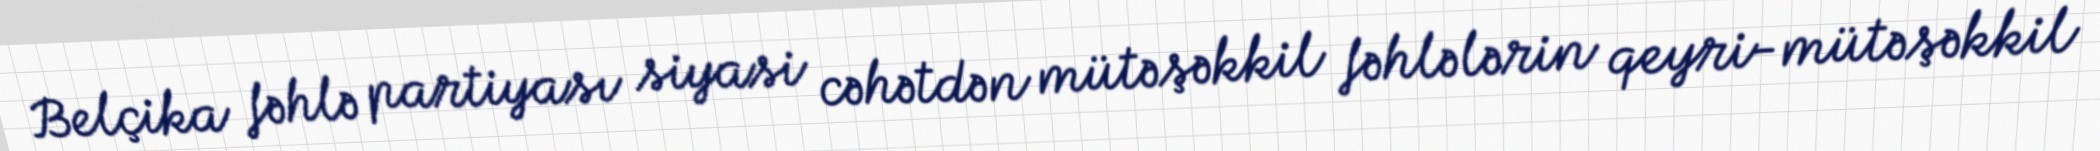
Belçika fəhlə partiyası siyasi cəhətdən mütəşəkkil fəhlələrin qeyri-mütəşəkkil